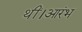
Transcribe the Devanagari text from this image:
थीं।आरंभ